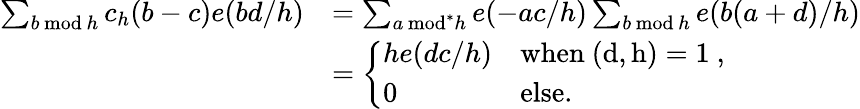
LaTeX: \begin{array}{rl}{\sum_{b\mathbin{\, \textrm{mod}\, }h}c_{h}(b-c)e(bd/h)}&{=\sum_{a\mathbin{\, \textrm{mod}^{*}}h}e(-ac/h)\sum_{b\mathbin{\, \textrm{mod}\, }h}e(b(a+d)/h)}\\ &{=\left\{ \begin{array}{ll}{he(dc/h)}&{\mathrm{when~(d,h)=1~},}\\ {0}&{\mathrm{else}.}\end{array}\right.}\end{array}